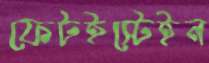
ফেটইস্টেইন